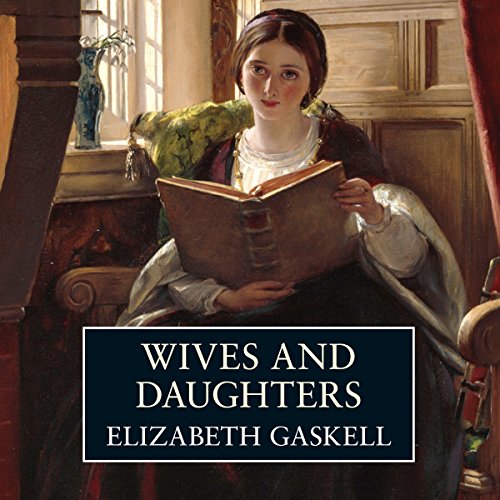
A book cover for Wives and Daughters; Elizabeth Gaskell; Parenting & Relationships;